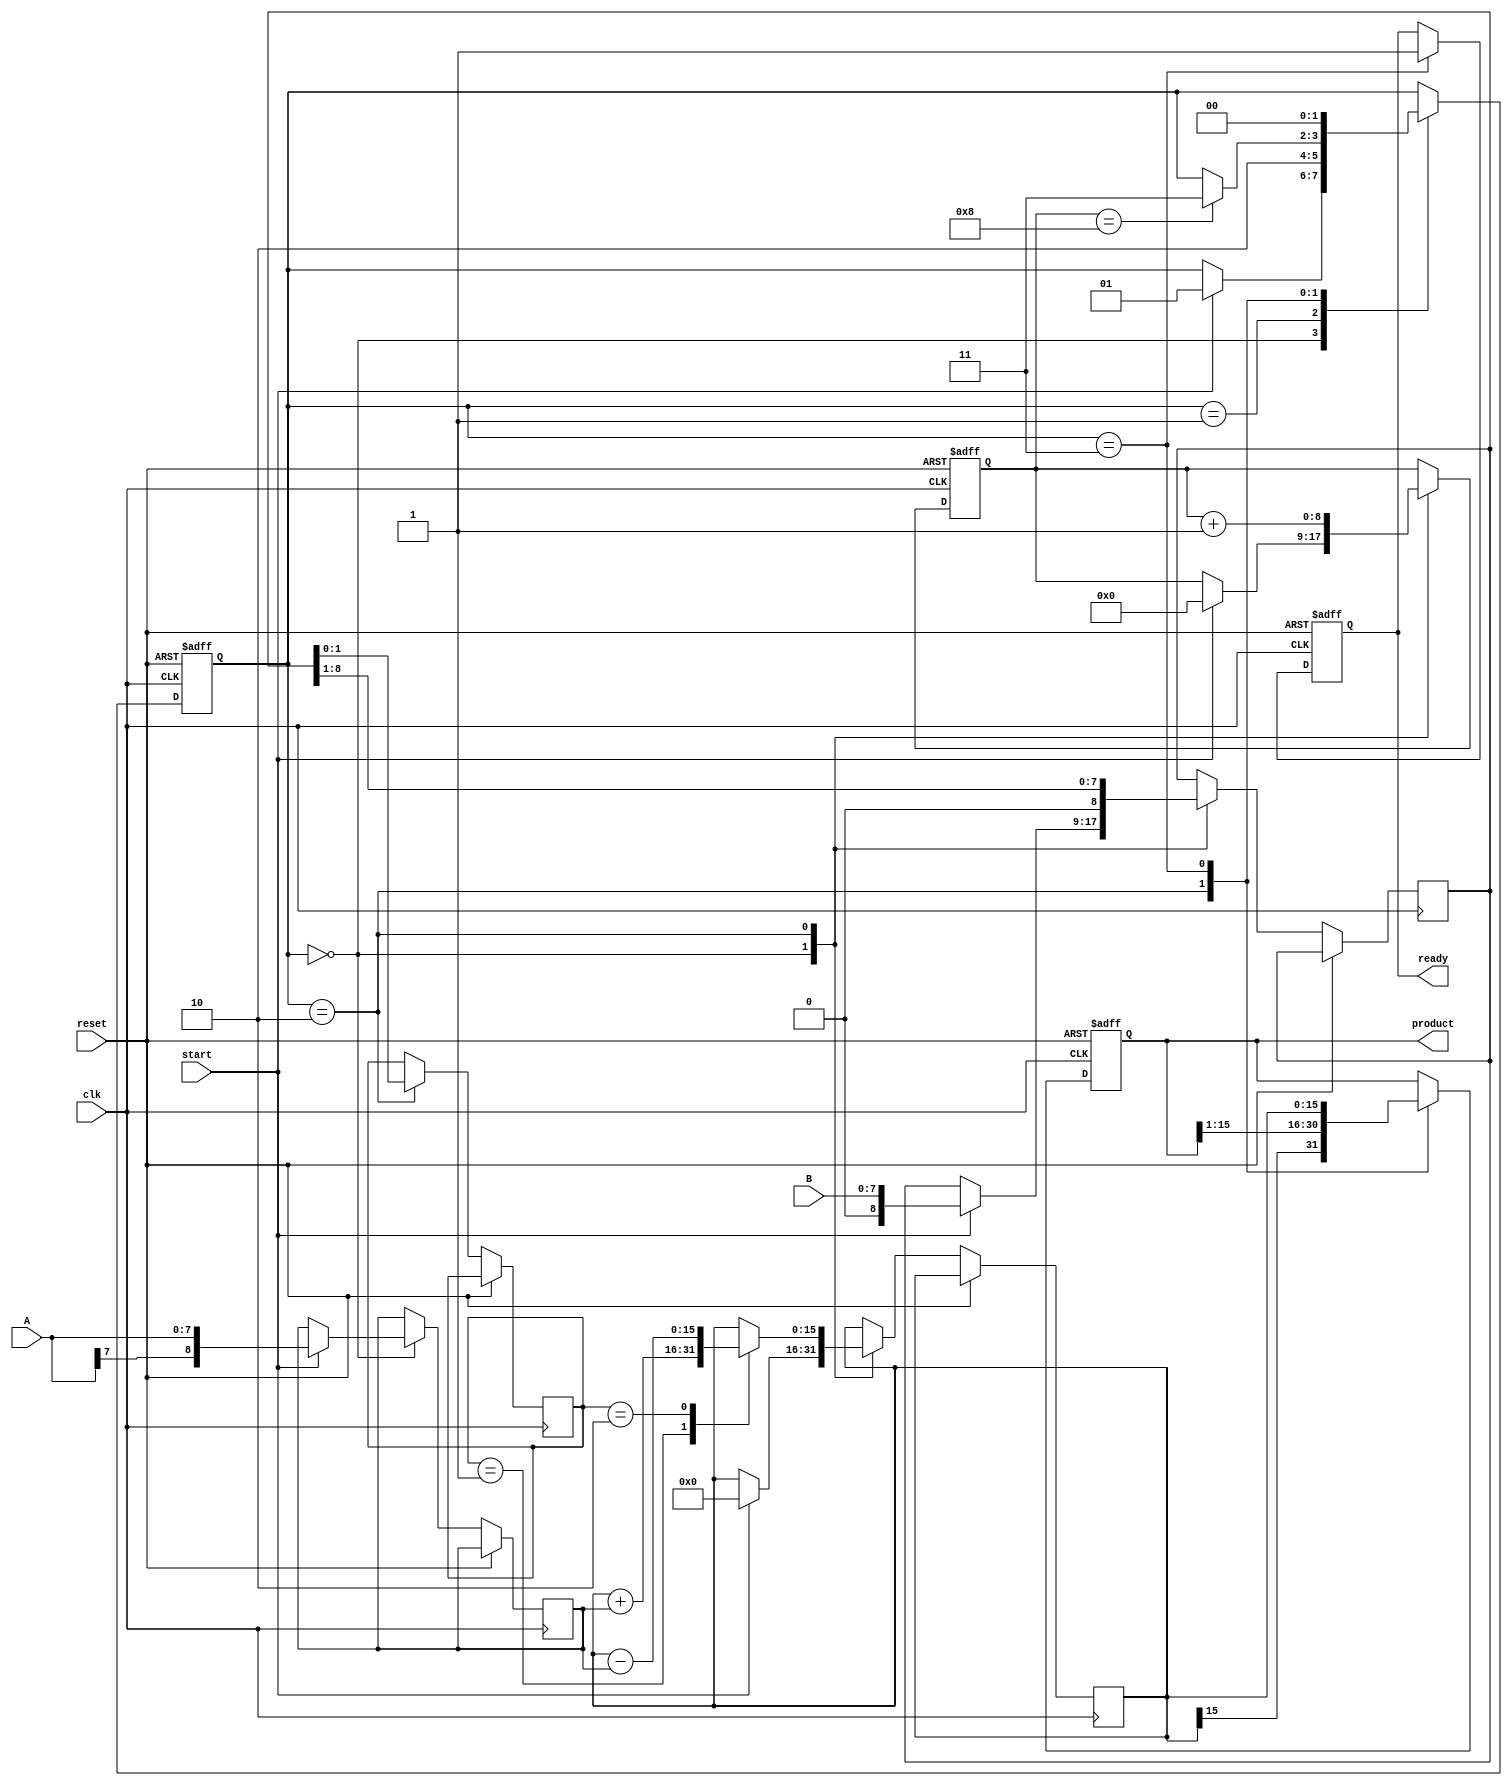
module modified_booth_multiplier #(parameter N = 8) (
    input wire [N-1:0] A,  // Multiplicand
    input wire [N-1:0] B,  // Multiplier
    input wire start,       // Start signal
    input wire clk,         // Clock signal
    input wire reset,       // Reset signal
    output reg [2*N-1:0] product,  // Product output
    output reg ready        // Signal when multiplication is done
);

    // Intermediate signals and registers
    reg [N:0] A_ext;           // Extended multiplicand
    reg [N:0] B_shifted;       // Shifted multiplier
    reg [2*N-1:0] partial_product; // Intermediate product
    reg [N:0] count;           // Counter for iterations
    reg [1:0] B_bits;          // Current bits from multiplier for Booth's encoding

    // States for state machine
    parameter IDLE = 2'b00, 
              LOAD = 2'b01, 
              CALC = 2'b10, 
              DONE = 2'b11;
    reg [1:0] state;

    // State machine and operations
    always @(posedge clk or posedge reset) begin
        if (reset) begin
            state <= IDLE;
            ready <= 0;
            product <= 0;
            count <= 0;
        end else begin
            case (state)
                IDLE: begin
                    if (start) begin
                        // Initialize values
                        A_ext <= {A[N-1], A}; // Sign-extend A
                        B_shifted <= {1'b0, B}; // Initialize B shifted to B<<1
                        partial_product <= 0;
                        count <= 0;
                        state <= LOAD;
                    end
                end
                LOAD: begin
                    // Load partial product and prepare for calculation
                    state <= CALC;
                end
                CALC: begin
                    // Get the last two bits of the shifted multiplier
                    B_bits <= B_shifted[1:0];
                    // Perform Booth's algorithm operations based on the bits
                    case (B_bits)
                        2'b01: partial_product <= partial_product + A_ext;  // Add A
                        2'b10: partial_product <= partial_product - A_ext;  // Subtract A
                        // 2'b00 and 2'b11: do nothing
                    endcase
                    
                    // Perform the shift
                    product <= {partial_product[2*N-1], product[2*N-1:1]};  // Right shift product
                    B_shifted <= B_shifted >> 1; // Right shift the multiplier
                    count <= count + 1;

                    if (count == N) begin
                        state <= DONE;
                    end
                end
                DONE: begin
                    product <= partial_product; // Final product
                    ready <= 1; // Indicate that multiplication is done
                    state <= IDLE; // Return to idle state after done
                end
            endcase
        end
    end

endmodule